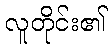
လူတိုင်း၏